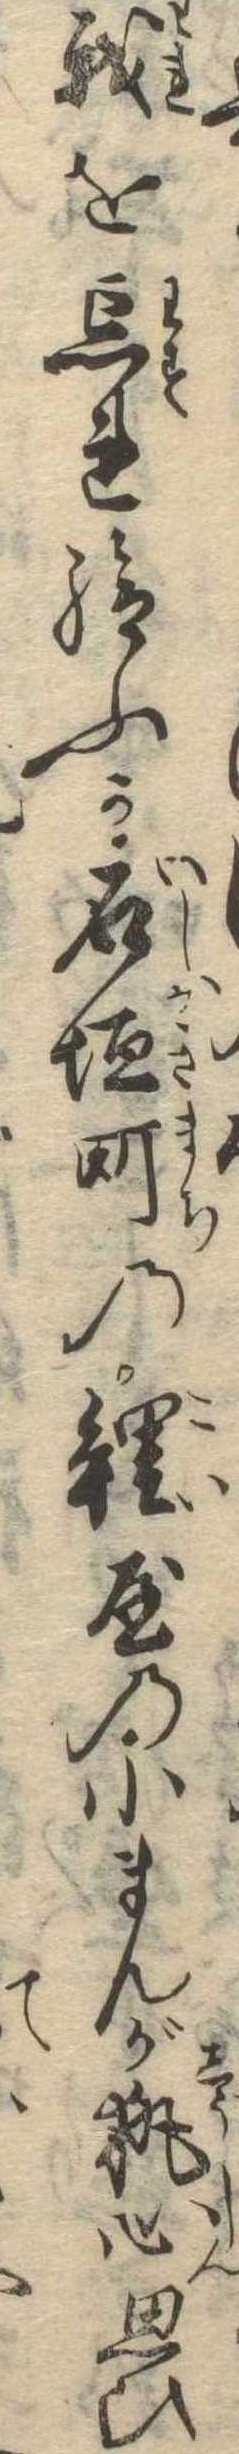
我を忘れ給ふか石垣町の鯉屋の小まんが執心思ひ